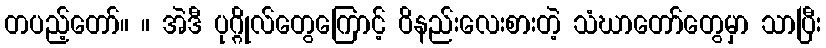
တပည့်တော်။ ။ အဲဒီ ပုဂ္ဂိုလ်တွေကြောင့် ဝိနည်းလေးစားတဲ့ သံဃာတော်တွေမှာ သာပြီး